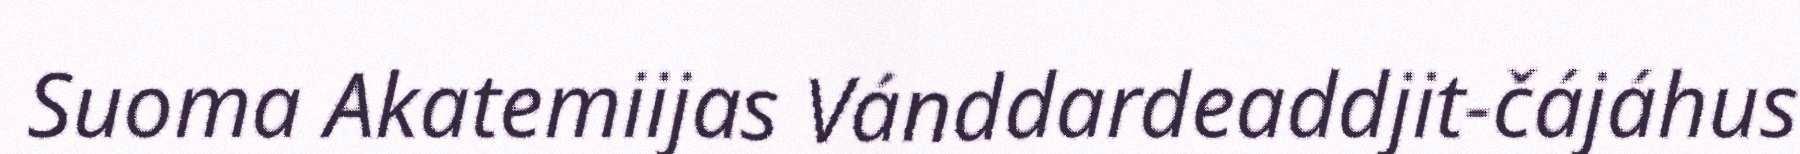
Suoma Akatemiijas Vánddardeaddjit-čájáhus